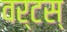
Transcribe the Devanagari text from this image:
वर्टस्